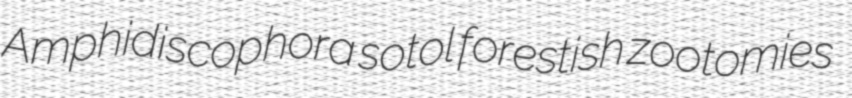
Amphidiscophora sotol forestish zootomies